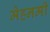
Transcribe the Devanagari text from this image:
मेहनमी